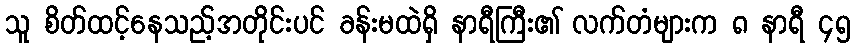
သူ စိတ်ထင့်နေသည့်အတိုင်းပင် ခန်းမထဲရှိ နာရီကြီး၏ လက်တံများက ၈ နာရီ ၄၅